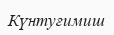
Күнтуғимиш